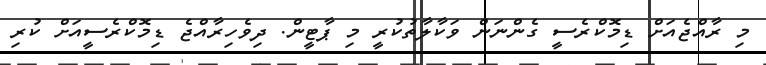
މި ރާއްޖެއަށް ޑިމޮކްރެސީ ގެންނަން ވަކާލާތުކުރީ މި ޕާޓީން. ދިވެހިރާއްޖެ ޑިމޮކްރެސީއަށް ކުރި